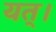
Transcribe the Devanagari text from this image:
यत्।